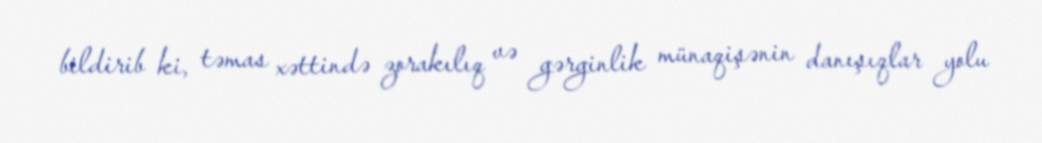
bildirib ki, təmas xəttində zorakılıq və gərginlik münaqişənin danışıqlar yolu